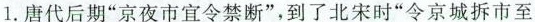
1.唐代后期”京夜市宜令禁断”，到了北宋时”令京城拆市至